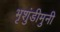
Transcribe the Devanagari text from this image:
भृशुंडीमुनी